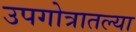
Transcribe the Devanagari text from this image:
उपगोत्रातल्या